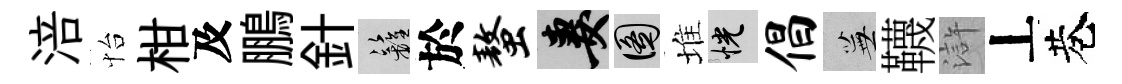
涪怡柑及鵬針籬於螯妻圖堆恍倡蕪韈滸丄巷